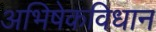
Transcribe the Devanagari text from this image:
अभिषेकविधान